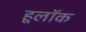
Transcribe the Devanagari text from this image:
हूलॉक